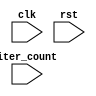
module Loop (
    input wire clk,
    input wire rst,
    input wire [7:0] iter_count,
    // Add other input ports as needed
    // Add output ports as needed
);

parameter COUNT_WIDTH = 8;

reg [COUNT_WIDTH-1:0] counter;

always @(posedge clk or posedge rst) begin
    if (rst) begin
        counter <= 0;
        // Add reset code for other registers and variables
    end else begin
        if (counter < iter_count) begin
            // Loop construct
            // Add code to be executed inside the loop

            // Example conditional statements
            if (condition1) begin
                // Code block for condition1
            end else if (condition2) begin
                // Code block for condition2
            end else begin
                // Code block for else condition
            end

            counter <= counter + 1;
        end else begin
            // Add code for behavior after loop is completed
        end
    end
end

// Add other modules and logic for the design

endmodule